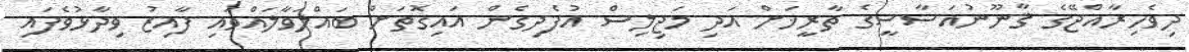
ދިވެހިރާއްޖޭގެ ޤާނޫނުއަސާސީގެ ތާރީޚަށް އަދި މަޖިލިސް އުފެދިގެން އައިގޮތަށް ބައްލަވާލައްވައި ފާއިޒު ވިދާޅުވެފައި